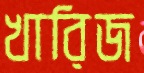
খারিজ